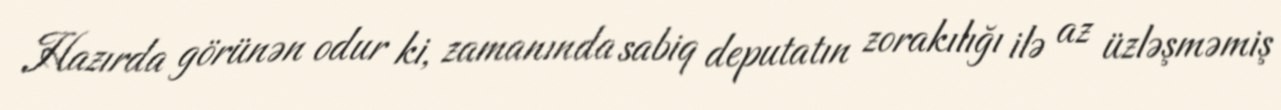
Hazırda görünən odur ki, zamanında sabiq deputatın zorakılığı ilə az üzləşməmiş